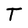
Character: T